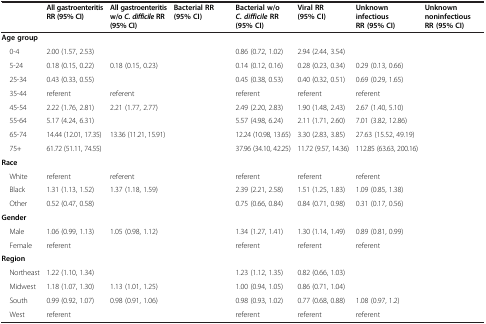
<table><thead><tr><td>[EMPTY_CELL]</td><td><b>All gastroenteritis RR (95% CI)</b></td><td><b>All gastroenteritis w/o<i>C. difficile</i>RR (95% CI)</b></td><td><b>Bacterial RR (95% CI)</b></td><td><b>Bacterial w/o<i>C. difficile</i>RR (95% CI)</b></td><td><b>Viral RR (95% CI)</b></td><td><b>Unknown infectious RR (95% CI)</b></td><td><b>Unknown noninfectious RR (95% CI)</b></td></tr></thead><tbody><tr><td colspan="8"><b>Age group</b></td></tr><tr><td> 0-4</td><td>2.00 (1.57, 2.53)</td><td>[EMPTY_CELL]</td><td>[EMPTY_CELL]</td><td>0.86 (0.72, 1.02)</td><td>2.94 (2.44, 3.54)</td><td>[EMPTY_CELL]</td><td>[EMPTY_CELL]</td></tr><tr><td> 5-24</td><td>0.18 (0.15, 0.22)</td><td>0.18 (0.15, 0.23)</td><td>[EMPTY_CELL]</td><td>0.14 (0.12, 0.16)</td><td>0.28 (0.23, 0.34)</td><td>0.29 (0.13, 0.66)</td><td>[EMPTY_CELL]</td></tr><tr><td> 25-34</td><td>0.43 (0.33, 0.55)</td><td>[EMPTY_CELL]</td><td>[EMPTY_CELL]</td><td>0.45 (0.38, 0.53)</td><td>0.40 (0.32, 0.51)</td><td>0.69 (0.29, 1.65)</td><td>[EMPTY_CELL]</td></tr><tr><td> 35-44</td><td>referent</td><td>referent</td><td>[EMPTY_CELL]</td><td>referent</td><td>referent</td><td>referent</td><td>[EMPTY_CELL]</td></tr><tr><td> 45-54</td><td>2.22 (1.76, 2.81)</td><td>2.21 (1.77, 2.77)</td><td>[EMPTY_CELL]</td><td>2.49 (2.20, 2.83)</td><td>1.90 (1.48, 2.43)</td><td>2.67 (1.40, 5.10)</td><td>[EMPTY_CELL]</td></tr><tr><td> 55-64</td><td>5.17 (4.24, 6.31)</td><td>[EMPTY_CELL]</td><td>[EMPTY_CELL]</td><td>5.57 (4.98, 6.24)</td><td>2.11 (1.71, 2.60)</td><td>7.01 (3.82, 12.86)</td><td>[EMPTY_CELL]</td></tr><tr><td> 65-74</td><td>14.44 (12.01, 17.35)</td><td>13.36 (11.21, 15.91)</td><td>[EMPTY_CELL]</td><td>12.24 (10.98, 13.65)</td><td>3.30 (2.83, 3.85)</td><td>27.63 (15.52, 49.19)</td><td>[EMPTY_CELL]</td></tr><tr><td> 75+</td><td>61.72 (51.11, 74.55)</td><td>[EMPTY_CELL]</td><td>[EMPTY_CELL]</td><td>37.96 (34.10, 42.25)</td><td>11.72 (9.57, 14.36)</td><td>112.85 (63.63, 200.16)</td><td>[EMPTY_CELL]</td></tr><tr><td colspan="8"><b>Race</b></td></tr><tr><td> White</td><td>referent</td><td>referent</td><td>[EMPTY_CELL]</td><td>referent</td><td>referent</td><td>referent</td><td>[EMPTY_CELL]</td></tr><tr><td> Black</td><td>1.31 (1.13, 1.52)</td><td>1.37 (1.18, 1.59)</td><td>[EMPTY_CELL]</td><td>2.39 (2.21, 2.58)</td><td>1.51 (1.25, 1.83)</td><td>1.09 (0.85, 1.38)</td><td>[EMPTY_CELL]</td></tr><tr><td> Other</td><td>0.52 (0.47, 0.58)</td><td>[EMPTY_CELL]</td><td>[EMPTY_CELL]</td><td>0.75 (0.66, 0.84)</td><td>0.84 (0.71, 0.98)</td><td>0.31 (0.17, 0.56)</td><td>[EMPTY_CELL]</td></tr><tr><td colspan="8"><b>Gender</b></td></tr><tr><td> Male</td><td>1.06 (0.99, 1.13)</td><td>1.05 (0.98, 1.12)</td><td>[EMPTY_CELL]</td><td>1.34 (1.27, 1.41)</td><td>1.30 (1.14, 1.49)</td><td>0.89 (0.81, 0.99)</td><td>[EMPTY_CELL]</td></tr><tr><td> Female</td><td>referent</td><td>[EMPTY_CELL]</td><td>[EMPTY_CELL]</td><td>referent</td><td>referent</td><td>referent</td><td>[EMPTY_CELL]</td></tr><tr><td colspan="8"><b>Region</b></td></tr><tr><td> Northeast</td><td>1.22 (1.10, 1.34)</td><td>[EMPTY_CELL]</td><td>[EMPTY_CELL]</td><td>1.23 (1.12, 1.35)</td><td>0.82 (0.66, 1.03)</td><td>[EMPTY_CELL]</td><td>[EMPTY_CELL]</td></tr><tr><td> Midwest</td><td>1.18 (1.07, 1.30)</td><td>1.13 (1.01, 1.25)</td><td>[EMPTY_CELL]</td><td>1.00 (0.94, 1.05)</td><td>0.86 (0.71, 1.04)</td><td>[EMPTY_CELL]</td><td>[EMPTY_CELL]</td></tr><tr><td> South</td><td>0.99 (0.92, 1.07)</td><td>0.98 (0.91, 1.06)</td><td>[EMPTY_CELL]</td><td>0.98 (0.93, 1.02)</td><td>0.77 (0.68, 0.88)</td><td>1.08 (0.97, 1.2)</td><td>[EMPTY_CELL]</td></tr><tr><td> West</td><td>referent</td><td>[EMPTY_CELL]</td><td>[EMPTY_CELL]</td><td>referent</td><td>referent</td><td>referent</td><td>[EMPTY_CELL]</td></tr></tbody></table>